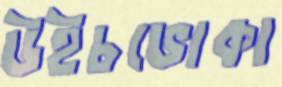
উইচভোকা